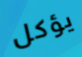
يؤكل